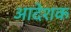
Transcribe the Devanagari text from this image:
आदेशक